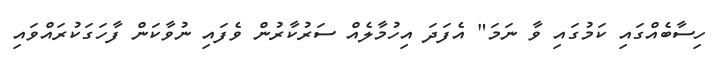
ހިސާބެއްގައި ކަމުގައި ވާ ނަމަ" އެފަދަ އިހުމާލެއް ސަރުކާރުން ވެފައި ނުވާކަން ފާހަގަކުރައްވައި